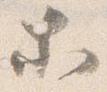
等